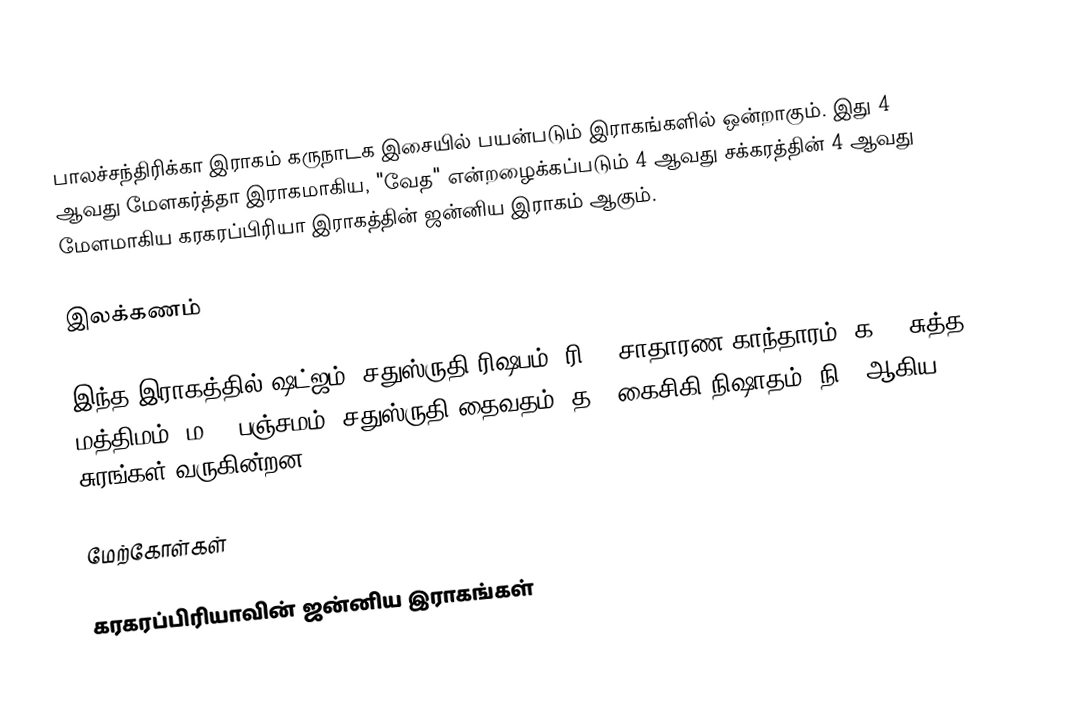
பாலச்சந்திரிக்கா இராகம் கருநாடக இசையில் பயன்படும் இராகங்களில் ஒன்றாகும். இது 4 ஆவது மேளகர்த்தா இராகமாகிய, "வேத" என்றழைக்கப்படும் 4 ஆவது சக்கரத்தின் 4 ஆவது மேளமாகிய கரகரப்பிரியா இராகத்தின் ஜன்னிய இராகம் ஆகும்.

இலக்கணம்

இந்த இராகத்தில் ஷட்ஜம், சதுஸ்ருதி ரிஷபம் (ரி2), சாதாரண காந்தாரம் (க2), சுத்த மத்திமம் (ம1), பஞ்சமம், சதுஸ்ருதி தைவதம் (த2) கைசிகி நிஷாதம் (நி2) ஆகிய சுரங்கள் வருகின்றன.

மேற்கோள்கள்

கரகரப்பிரியாவின் ஜன்னிய இராகங்கள்